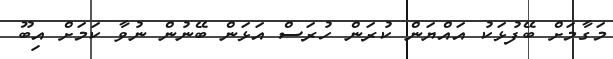
މަގާމަށް ބޭފުޅަކު އައްޔަން ކުރަން ހުރަސް އަޅަން ބޭނުން ނުވާ ކަމަށް އިބޫ